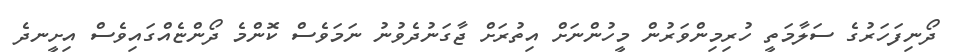
ދޯނިފަހަރުގެ ސަލާމަތީ ހުރިމިންވަރުން މީހުންނަށް އިތުރަށް ޖާގަނުދެވުނު ނަމަވެސް ކޮންމެ ދޯންޏެއްގައިވެސް އިށީނދެ